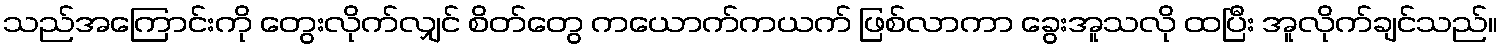
သည်အကြောင်းကို တွေးလိုက်လျှင် စိတ်တွေ ကယောက်ကယက် ဖြစ်လာကာ ခွေးအူသလို ထပြီး အူလိုက်ချင်သည်။